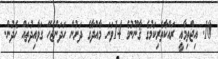
10. އިޖްތިމާޢީ ރައްކާތެރިކަމުގެ ޤާނޫނުގެ 14ވަނަ މާއްދާގެ ދަށުން ހަދަންޖެހޭ ގަވާއިދުތައް ހެދުން.